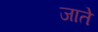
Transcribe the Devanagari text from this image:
जातेे